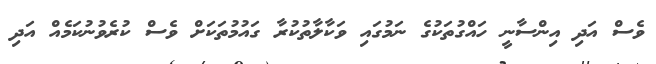
ވެސް އަދި އިންސާނީ ހައްގުތަކުގެ ނަމުގައި ވަކާލާތުކުރާ ގައުމުތަކަށް ވެސް ކުރެވުނުކަމެއް އަދި